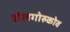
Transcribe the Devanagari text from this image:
डोलगोरुकोव